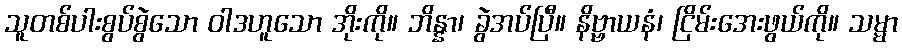
သူတစ်ပါးစွပ်စွဲသော ဝါဒဟူသော အိုးကို။ ဘိန္နာ၊ ခွဲအပ်ပြီ။ နိဗ္ဗာယနံ၊ ငြိမ်းအေးဖွယ်ကို။ သမ္မာ